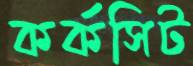
কর্কসিট